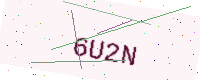
Text: 6U2N